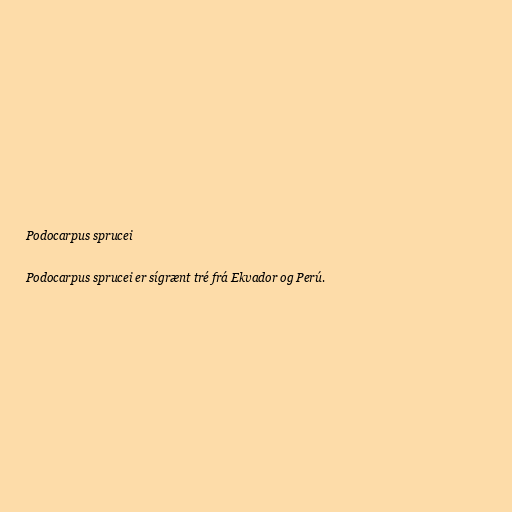
Podocarpus sprucei

Podocarpus sprucei er sígrænt tré frá Ekvador og Perú.